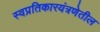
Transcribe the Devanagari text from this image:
स्वप्रतिकारयंत्रणेतील